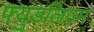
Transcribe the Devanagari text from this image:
फ्युडलिज्म